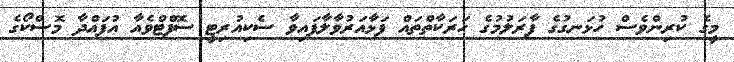
މީގެ ކުރިންވެސް ހުޅަނގުގެ ފާރަލުމުގެ ހަރަކާތްތައް ފަޅާއަރުވާލާފައިވާ ސެކިއުރިޓީ ސޮފްޓްވެއާ އުފައްދާ މޮސްކޯގެ